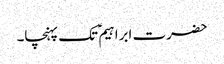
حضرت ابراہیم ؑ تک پہنچا۔